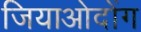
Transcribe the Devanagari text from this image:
जियाओदोंग